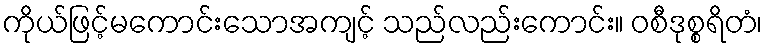
ကိုယ်ဖြင့်မကောင်းသောအကျင့် သည်လည်းကောင်း။ ဝစီဒုစ္စရိတံ၊